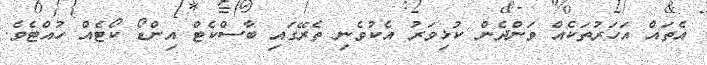
އެތައް އަހަރުތަކެއް ވަންދެން ކުޅިވަރު އެކުވެނި ތެރޭގައި ބާސްކެޓް އިންޑޯ ކޯޓެއް ހުއްޓެވެ.